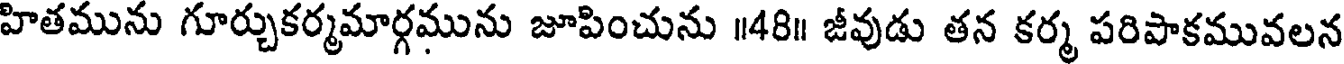
హితమును గూర్చుకర్మమార్గమును జూపించును ॥48॥ జీవుడు తన కర్మ పరిపాకమువలన